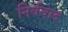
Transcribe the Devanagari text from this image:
निर्ववाद